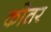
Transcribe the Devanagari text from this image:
कोतर